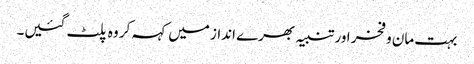
بہت مان و فخر اور تنبیہ بھرے انداز میں کہہ کر وہ پلٹ گئیں۔